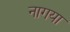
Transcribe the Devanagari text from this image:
नागया